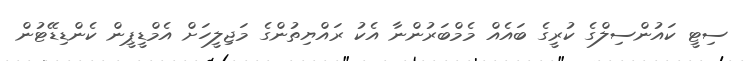
ސިޓީ ކައުންސިލްގެ ކުރީގެ ބައެއް މެމްބަރުންނާ އެކު ރައްޔިތުންގެ މަޖިލީހަށް އެމްޑީޕީން ކެންޑިޑޭޓުން